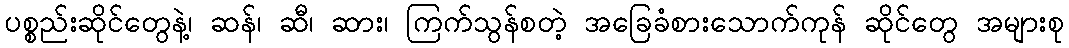
ပစ္စည်းဆိုင်တွေနဲ့၊ ဆန်၊ ဆီ၊ ဆား၊ ကြက်သွန်စတဲ့ အခြေခံစားသောက်ကုန် ဆိုင်တွေ အများစု